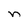
Character: n